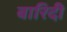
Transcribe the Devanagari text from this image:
बारिदी